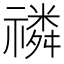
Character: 𥛷